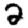
Digit: 2